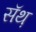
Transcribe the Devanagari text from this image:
सॅथ़